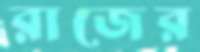
রাজের